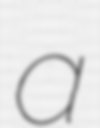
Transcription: a